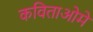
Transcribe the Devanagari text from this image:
कविताओमें